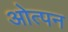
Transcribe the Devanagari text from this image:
ओत्पन